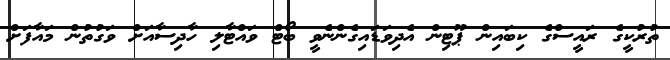
ތުރުކީގެ ރައީސްގެ ކިބައިން ޕޫޓިން އެދިވަޑައިގެންނެވީ ބޯޓް ވައްޓާލި ހާދިސާއަށް ވަގުތުން މައާފަށް